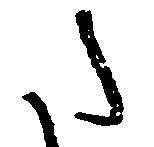
た